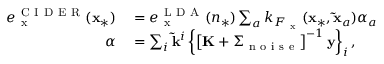
\begin{array} { r l } { e _ { \mathrm { ~ x ~ } } ^ { \mathrm { ~ C ~ I ~ D ~ E ~ R ~ } } ( \mathbf { x } _ { * } ) } & { { } = e _ { \mathrm { ~ x ~ } } ^ { \mathrm { ~ L ~ D ~ A ~ } } ( n _ { * } ) \sum _ { a } k _ { F _ { \mathrm { ~ x ~ } } } ( \mathbf { x } _ { * } , \mathbf { \tilde { x } } _ { a } ) \alpha _ { a } } \\ { \boldsymbol { \alpha } } & { { } = \sum _ { i } \mathbf { \tilde { k } } ^ { i } \left\{ \left[ \mathbf { K } + \Sigma _ { \mathrm { ~ n ~ o ~ i ~ s ~ e ~ } } \right] ^ { - 1 } \mathbf { y } \right\} _ { i } , } \end{array}